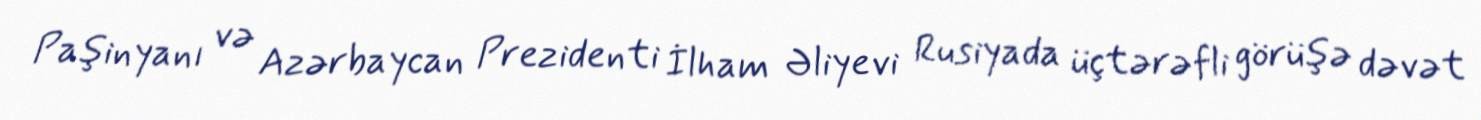
Paşinyanı və Azərbaycan Prezidenti İlham Əliyevi Rusiyada üçtərəfli görüşə dəvət